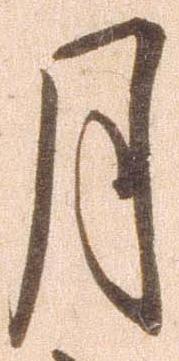
月